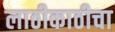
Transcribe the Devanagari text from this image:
लाठीकाठीचा